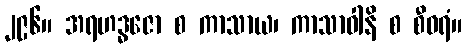
၂၉၆။ အရဟဒ္ဓဇော စ ကာသာယ၊ ကာသာဝါနိ စ စီဝရံ။